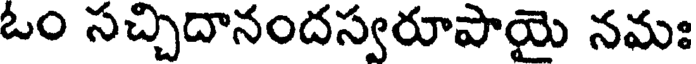
ఓం సచ్చిదానందస్వరూపాయై నమః